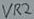
Text: VR2